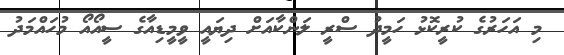
މި އަހަރުގެ ކުރީކޮޅު ހަމީދު ސްރީ ލަންކާއަށް ދިޔައީ ވީމީޑިއާގެ ސީއޯއޯ މުހައްމަދު